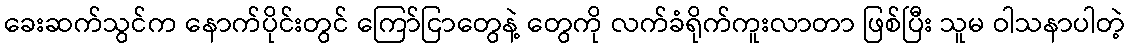
ခေးဆက်သွင်က နောက်ပိုင်းတွင် ကြော်ငြာတွေနဲ့ တွေကို လက်ခံရိုက်ကူးလာတာ ဖြစ်ပြီး သူမ ဝါသနာပါတဲ့